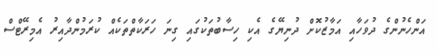
އަންހެނުންގެ ދުވަހާއި އަމާޒުކޮށް ދުނިޔޭގެ އެކި ހިސާބުތަކުގައި ގިނަ ހަރަކާތްތަކެއް ކުރަމުންދާއިރު އެމިރޭޓްސް